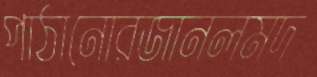
পাঠানোরজানলমদ